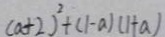
( a + 2 ) ^ { 2 } + ( 1 - a ) ( 1 + a )